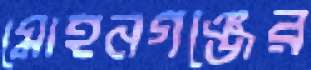
মোহনগঞ্জের